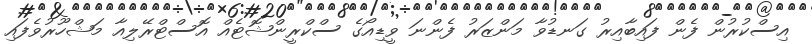
އިސްކުރުން ފެން ފައިބާއިރު ގަނޑުވާ މަންޒަަރު ފެންނަ ވީޑިއޯގެ ސްކްރީންޝޮޓެއް އޮސްޓްރޭލިއާ މަޝްހޫރުވެފައި